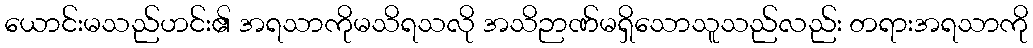
ယောင်းမသည်ဟင်း၏ အရသာကိုမသိရသလို အသိဉာဏ်မရှိသောသူသည်လည်း တရားအရသာကို